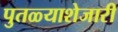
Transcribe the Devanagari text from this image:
पुतळ्याशेजारी